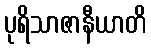
ပုရိသာဇာနီယာတိ